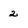
Character: 2